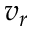
v _ { r }